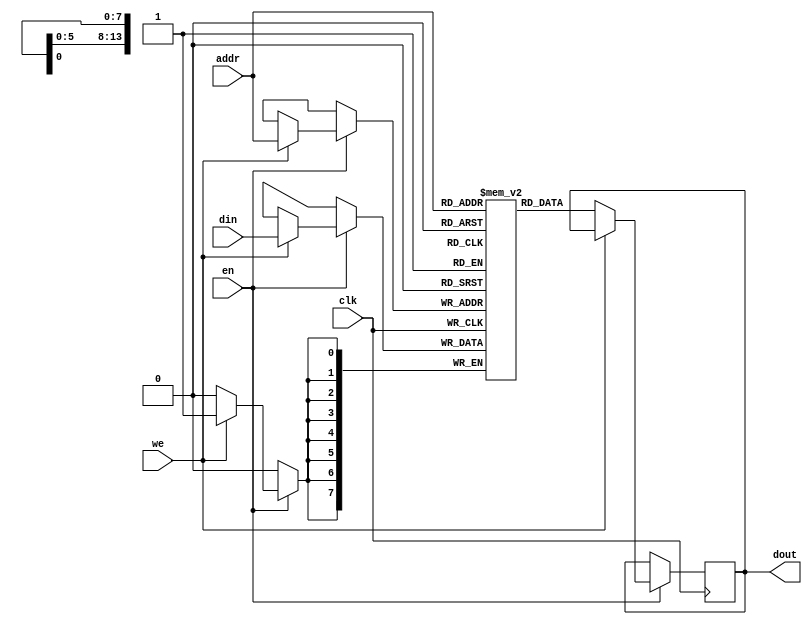
`timescale 1ns / 1ps

module iob_sp_ram 
  #(
    parameter FILE="none",
    parameter DATA_W=8,
    parameter ADDR_W=14
    )
   (
    input                     clk,
    input                     en, 
    input                     we, 
    input [(ADDR_W-1):0]      addr,
    output reg [(DATA_W-1):0] dout,
    input [(DATA_W-1):0]      din
    );

   //this allows ISE 14.7 to work; do not remove
   localparam mem_init_file_int = FILE;

   // Declare the RAM
   reg [DATA_W-1:0] 	      ram[2**ADDR_W-1:0];

   // Initialize the RAM
   initial 
     if(mem_init_file_int != "none")
       $readmemh(mem_init_file_int, ram, 0, 2**ADDR_W - 1);

   // Operate the RAM
   always @ (posedge clk)
     if(en)
       if (we) begin
          ram[addr] <= din;
          // $display("write Data *************************************");

       end
          
       else begin
                  dout <= ram[addr];
                  // $display("Read Data *************************************");


       end

endmodule